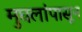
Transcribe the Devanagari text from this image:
मुघलांपासून